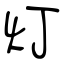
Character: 灯